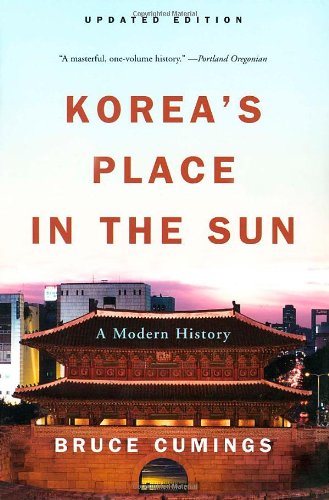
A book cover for Korea's Place in the Sun: A Modern History (Updated); Bruce Cumings; History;